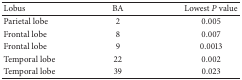
<table><thead><tr><td><b>Lobus </b></td><td><b>BA</b></td><td><b>Lowest <i>P</i> value</b></td></tr></thead><tbody><tr><td>Parietal lobe</td><td>2</td><td>0.005</td></tr><tr><td>Frontal lobe</td><td>8</td><td>0.007</td></tr><tr><td>Frontal lobe</td><td>9</td><td>0.0013</td></tr><tr><td>Temporal lobe</td><td>22</td><td>0.002</td></tr><tr><td>Temporal lobe</td><td>39</td><td>0.023</td></tr></tbody></table>